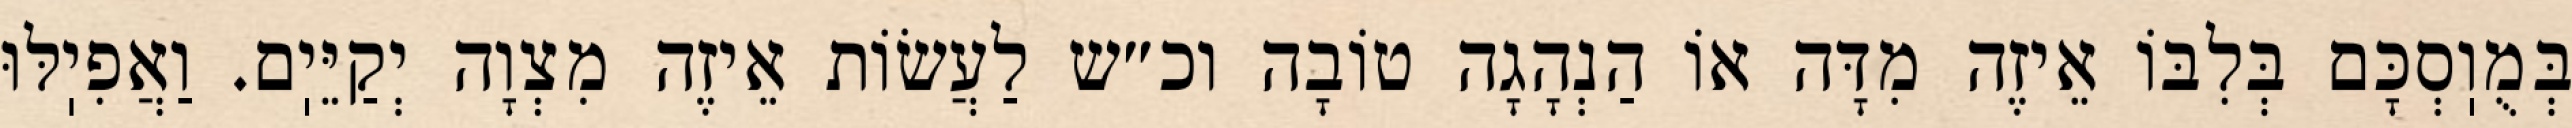
בְּמֻוֽסְכָּם בְּלִבּוֹ אֵיזֶה מִדָּה אוֹ הַנְהָגָה טוֹבָה וכ״ש לַעֲשׂוֹת אֵיזֶה מִצְוָה יְקַיֵּיֽם. וַאֲפִיֽלּוּ